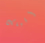
أقبلك